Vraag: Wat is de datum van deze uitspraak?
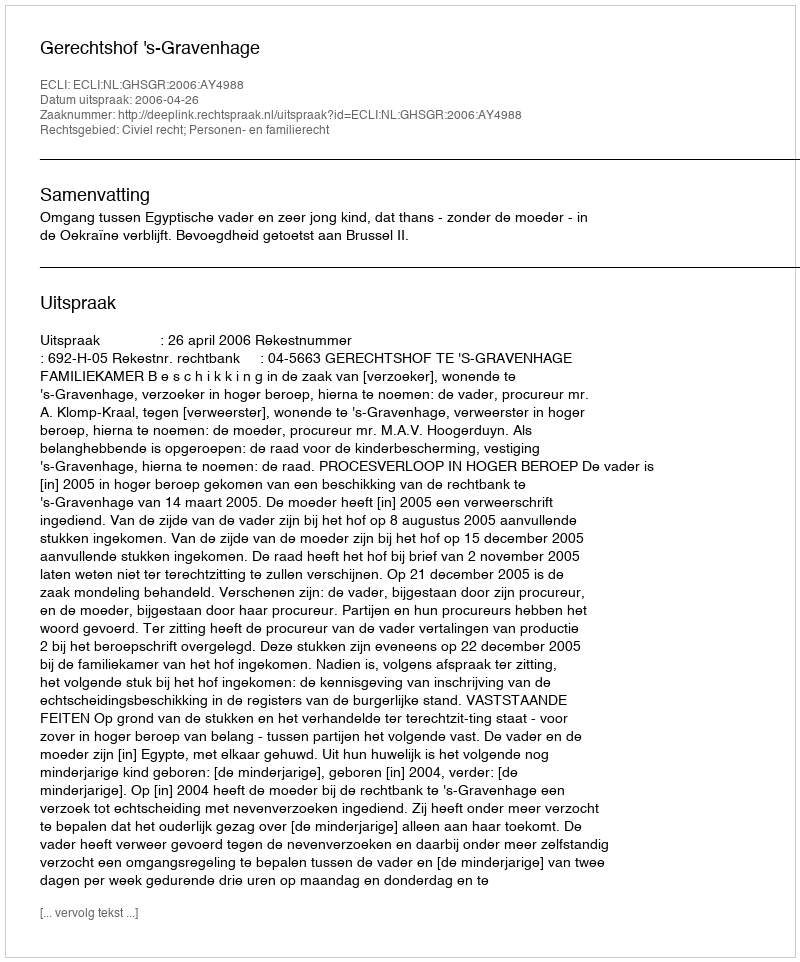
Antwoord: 2006-04-26